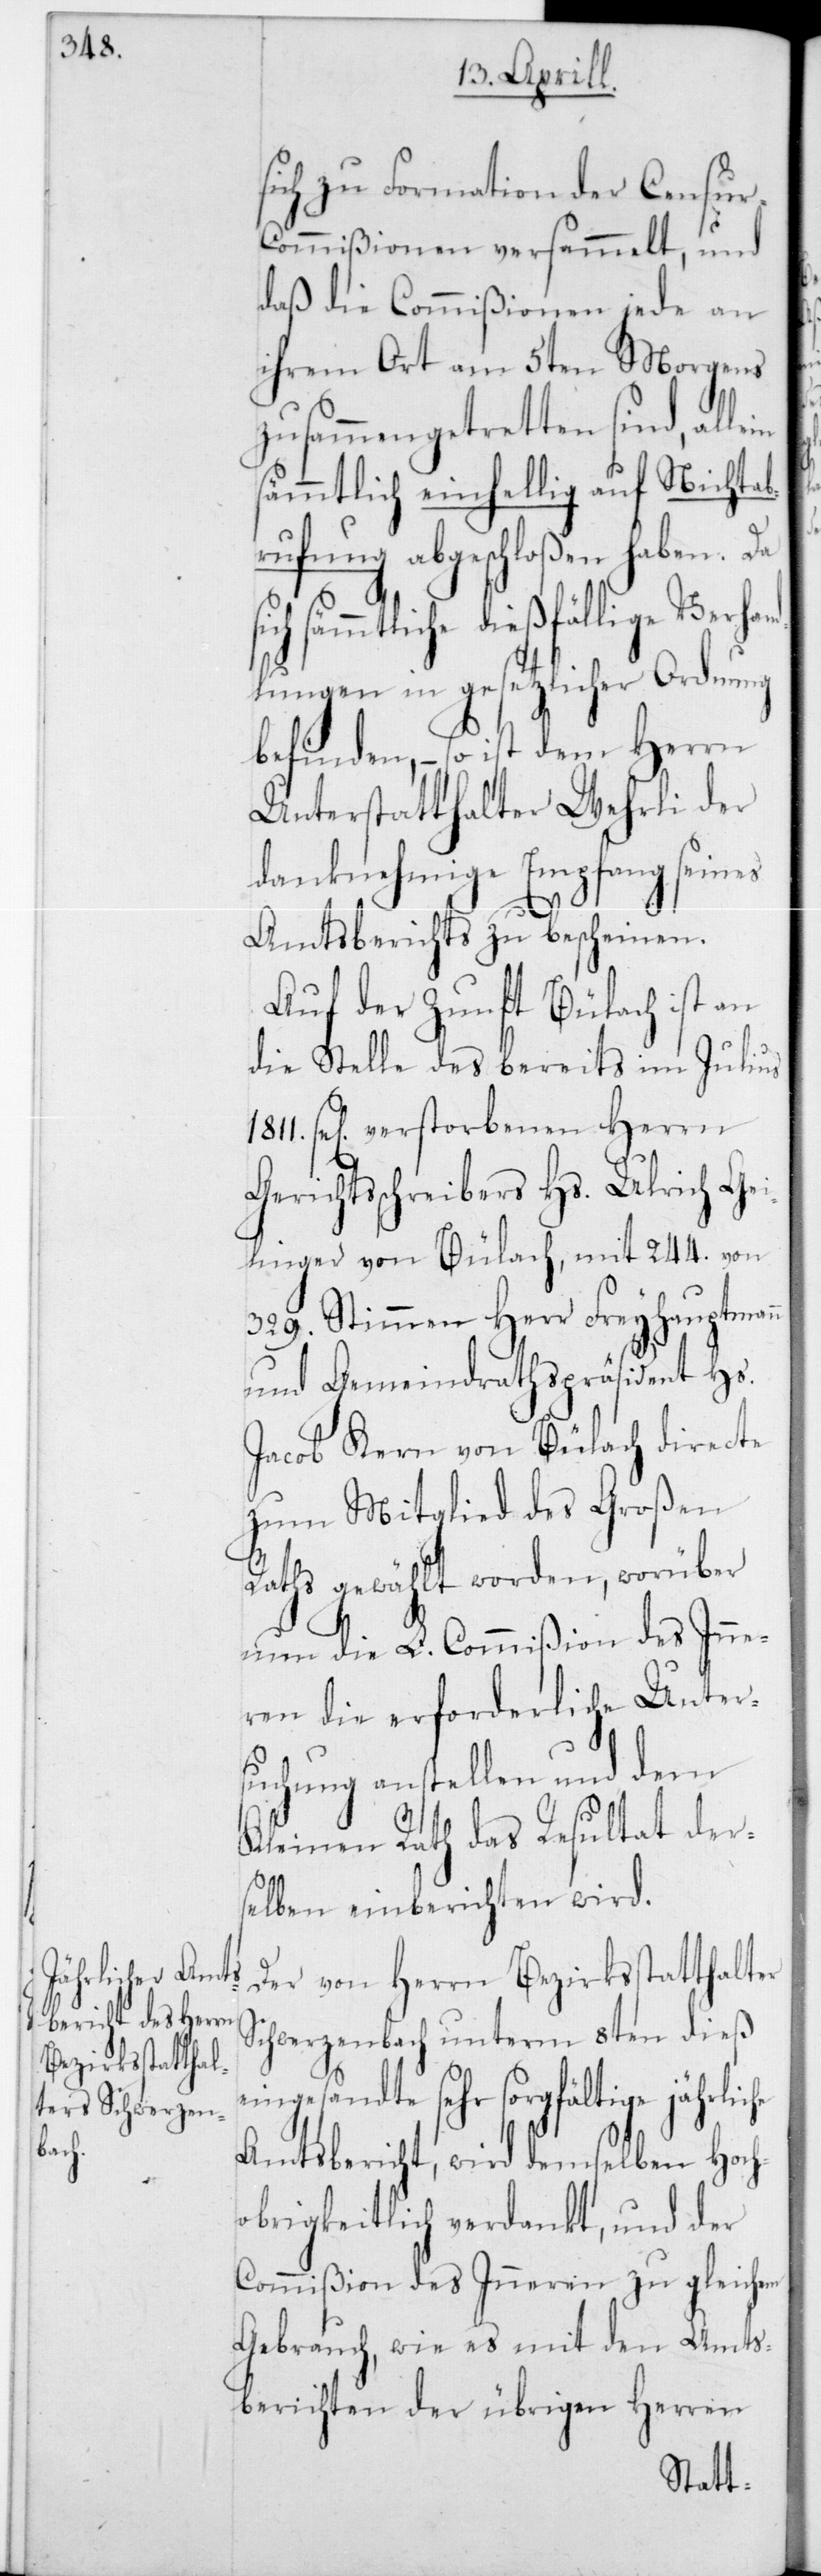
sich zu Formation der Censu¬
r-Commißion versammelt, und
daß die Commißionen jede an
ihrem Ort am 5ten Morgens
zusammengetretten sind,
sämmtlich einhellig auf Nichta¬
brufung abgeschloßen haben. Da
fällige Verhand¬
lungen in gesetzlicher Ordnung
befinden, – so ist dem Herrn
Unterstatthalter Wehrli der
danknehmige Empfang seines
Amtsberichts zu bescheinen.
Auf der Zunft Bülach ist an
die Stelle des bereits im Julius
1811 sel. verstorbenen Herrn
Gerichtsschreibers Hs. Ulrich Gei¬
linger von Bülach, mit 244 von
329 Stimmen Herr Freyhauptmann
und Gemeindrathspräsident Hs.
Jacob Kern von Bülach directe
zum Mitglied des Großen
Raths gewählt worden, worüber
nun die L. Commißion des Inne¬
ren die erforderliche Unter¬
suchung anstellen und dem
Kleinen Rath das Resultat der¬
selben einberichten wird.
Der von Herrn Bezirksstatthalter
Schwerzenbach unterm 8ten dieß
eingesandte sehr sorgfältige jährliche
Amtsbericht, wird demselben hoch¬
obrigkeitlich verdankt, und der
Commißion des Innern zu gleichem
Gebrauch, wie es mit den Amts¬
berichten der übrigen Herren